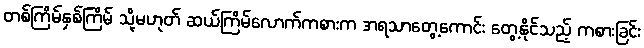
တစ်ကြိမ်နှစ်ကြိမ် သို့မဟုတ် ဆယ်ကြိမ်လောက်ကစားက အရသာတွေ့ကောင်း တွေ့နိုင်သည့် ကစားခြင်း